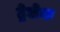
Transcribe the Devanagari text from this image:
ट्रेलेक